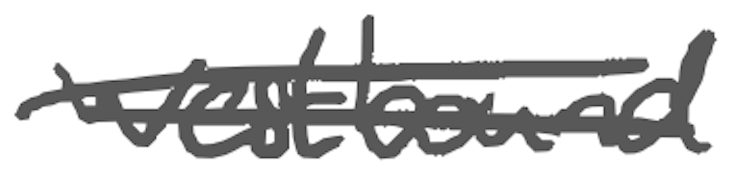
Text: Westbound
Cross-out: mix
Writing tool: digital_gray